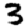
Digit: 3